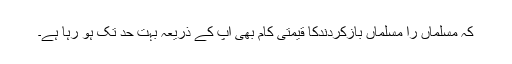
کہ مسلماں را مسلماں بازکردندکا قیمتی کام بھی آپ کے ذریعہ بہت حد تک ہو رہا ہے۔